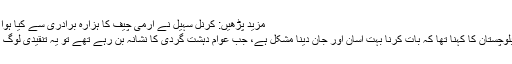
مزید پڑھیں: کرنل سہیل نے آرمی چیف کا ہزارہ برادری سے کیا ہوا وعدہ نبھایا
وزیراعلیٰ بلوچستان کا کہنا تھا کہ بات کرنا بہت آسان اور جان دینا مشکل ہے، جب عوام دہشت گردی کا نشانہ بن رہے تھے تو یہ تنقیدی لوگ کہاں تھے؟